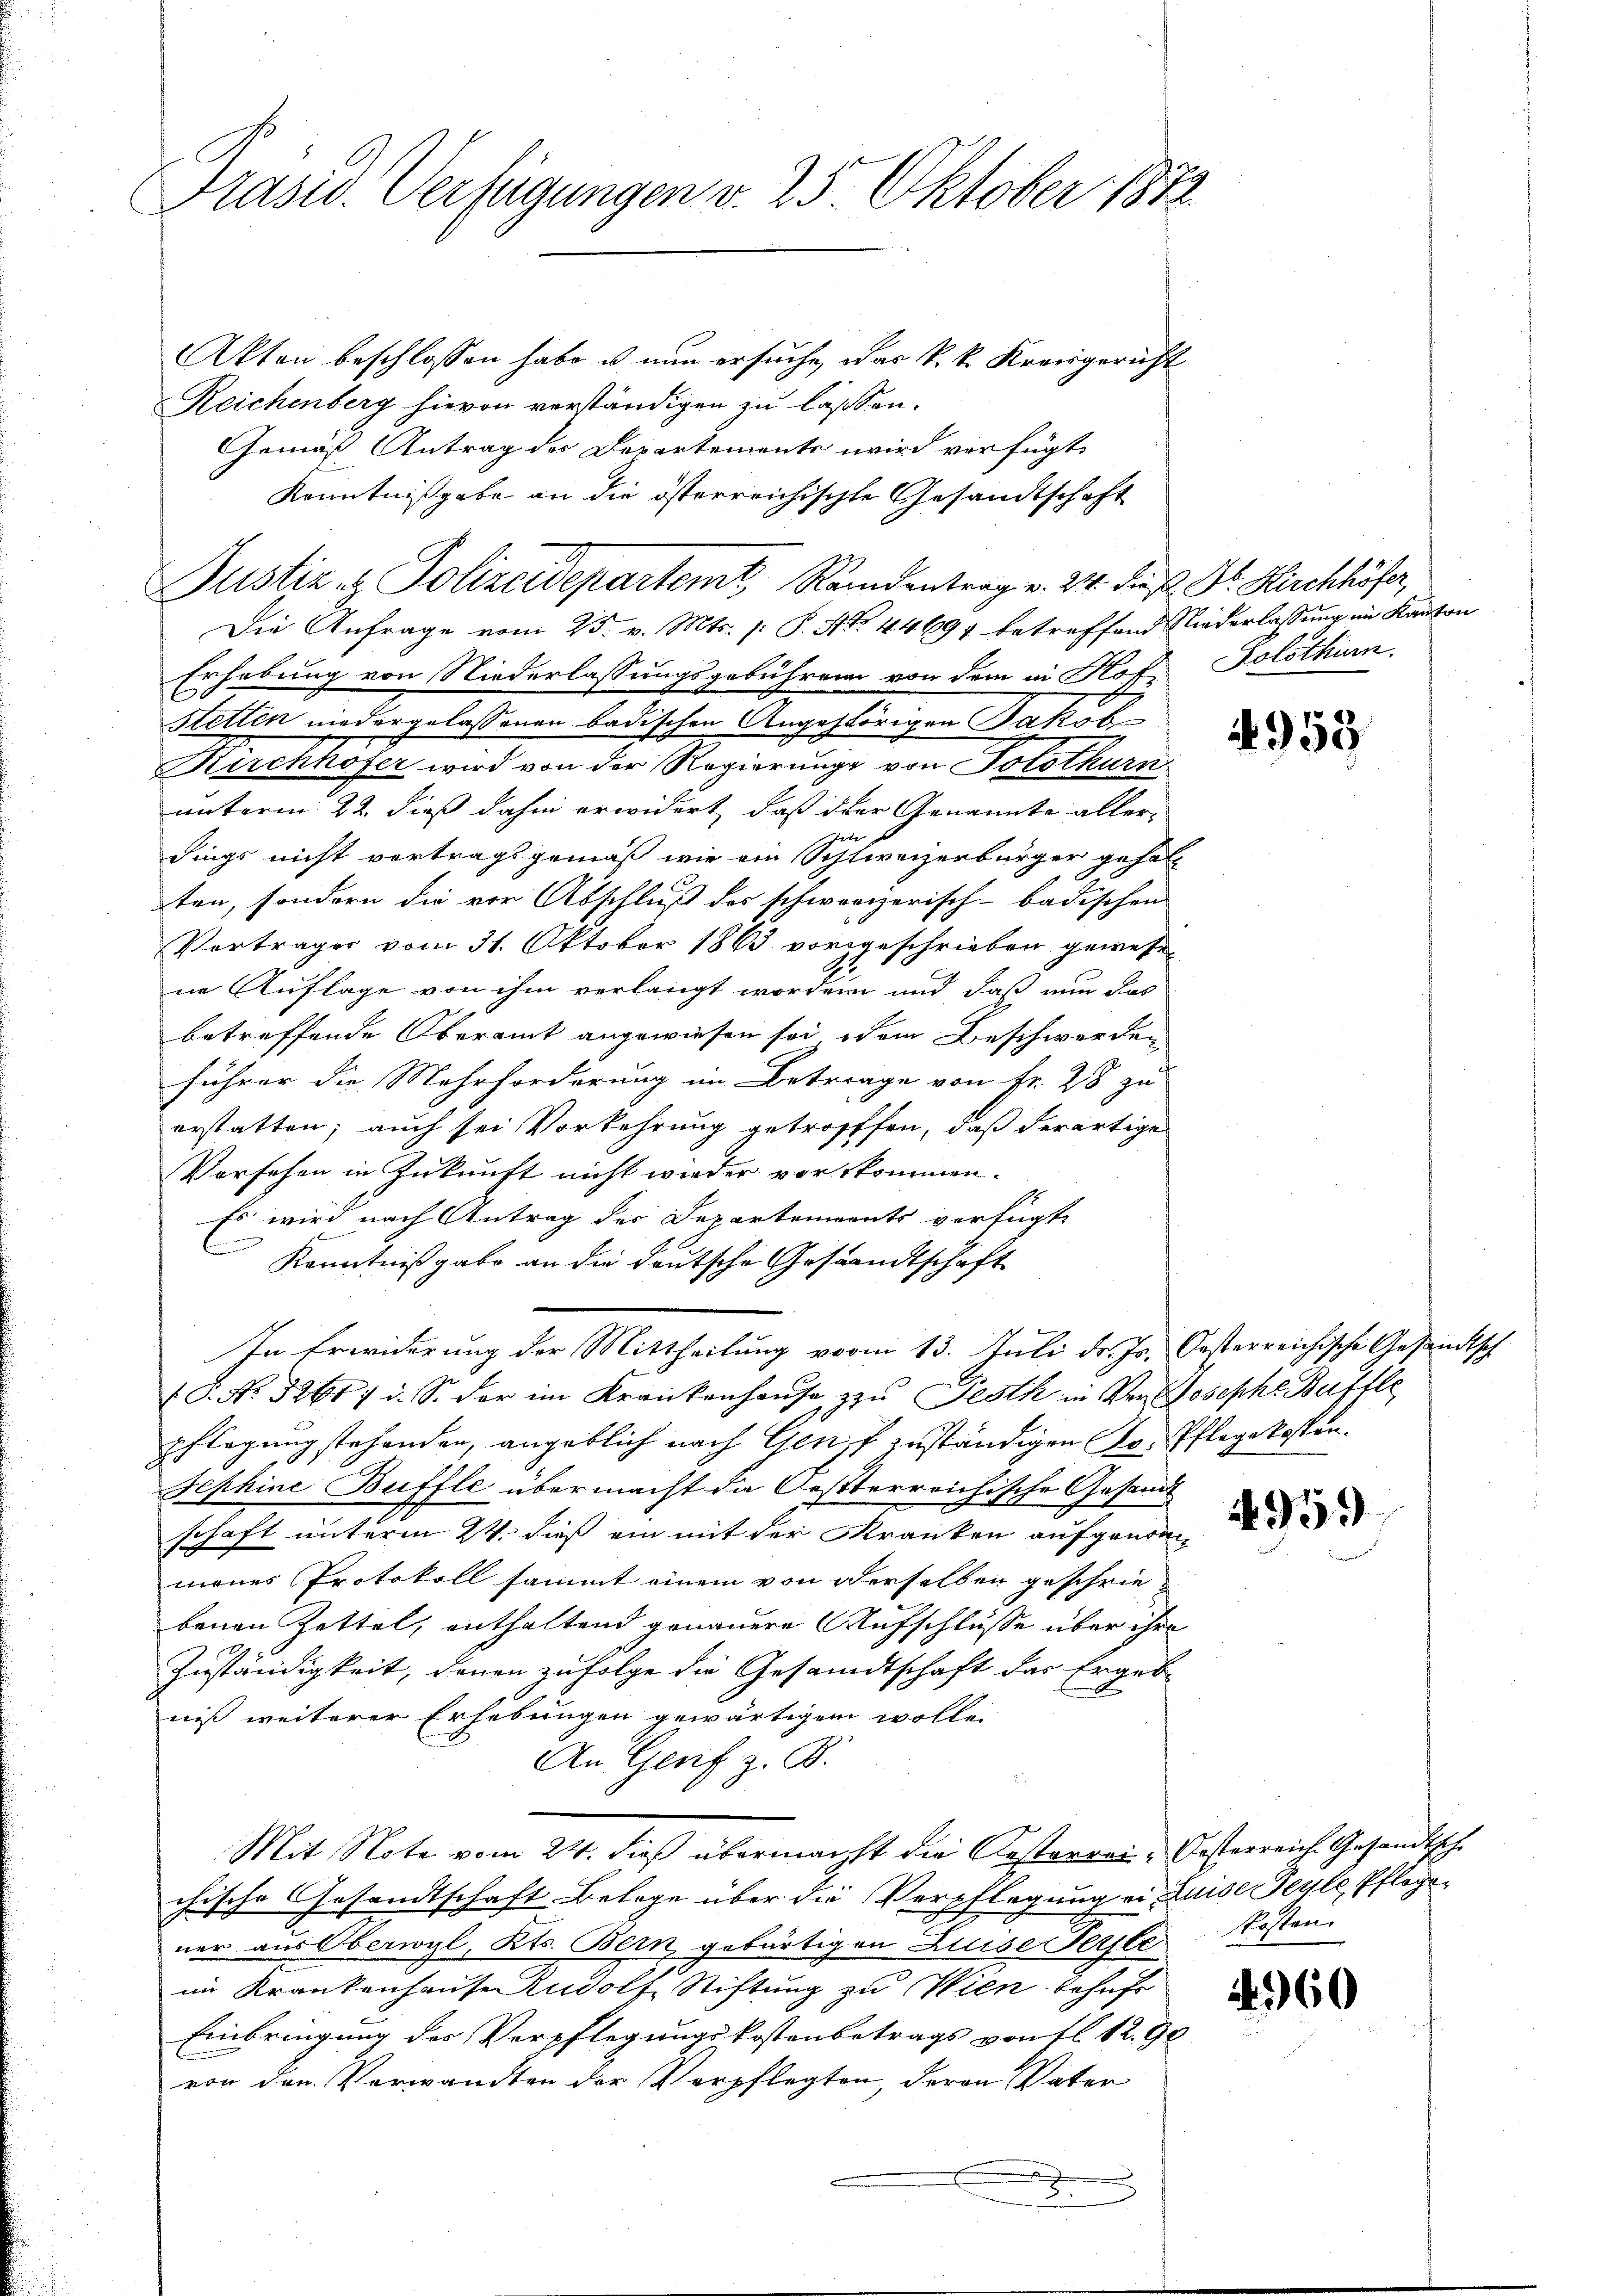
Präsid. Verfügungen v. 25 Oktober 1872

Akten beschlossen habe u. nun ersuche, was k. k. Kreisgericht
Reichenberg hievon verständigen zu lassen.
Gemäß Antrag des Departemente wird verfügt
Kenntnißgabe an die österreichischte Gesandtschaft
Justiz & Polizeidepartemt, Rendentrag v. 24. dieß. Dr. Kirchhöfer,
Die Anfrage vom 25. v. Mts. p: P. No. 44694 betreffend Niederlassung im Kanton
Erhebung von Niederlassungsgebühren von dem an Hof. Solothurn.
Stetten niedergelassenen badischen Angehörigen Jakob
Kirchhofer wird von der Regierung von Solothurn
unterm 22. dieß dahin erwidert, daß oder Genannte aller-
dings nicht vertragsgemäß wie ein Schweizerbürger gehalt
ten, sondern die vor Abschluß des schweizerisch-badischen
Vertrages vom 31. Oktober 1863 vorgeschrieben gewesen
ne Auflage von ihm verlangt worden und daß nun das
betreffende Oberamt angewiesen sei dem Beschwerden
führer die Mehrforderung im Betrage von Fr. 28 zu
erstatten; auch sei Vorkehrung getroffen, daß derartige
Vorsehen in Zukunft nicht wieder vorkommen.
Es wird nach Antrag der Departements verfügt
C
Kenntnißgabe an die deutsche Gestandtschaft
In Erwiderung der Mittheilung vom 13. Juli dr. Js. Oesterreichische Gesandtsch
1 S. Nr. 5261/ i. S. der im Krankenhaŭse zŭ Pesth in der Joseph Buffle
pflegung stehenden, angeblich nach Genf zuständigen Dr. Pflegekosten.
Sephine Buffle übermacht die Oesterreichische Gesandt
schaft unterm 24. dieß ein mit der Kranken aufgenommenes Protokoll sammt einem von derselben geschriebenen Zettel, enthaltend genauere Aufschlüsse über ihre
Zuständigkeit, denen zufolge die Gesandtschaft das Ergeb
niß weiterer Erhebungen gewärtigen wolle.
An Genf z. B.
Mit Note vom 24. dieß übermacht die Oesterrei-Oesterreiche Gesandtsche
chische Gesandtschaft Belege über die Verpflegung ein Luise Feyle Pflegener aus Oberwyl, Kts. Bern, gebürtigen Luise Fersle
im Krankenhause Rudolf Stiftung zu Wien behufs
Einbringung des Verpflegungskostenbetrags von fl. 1290
von den Vorwandten der Verpflegten, deren Vater
8

4955

4959

kosten

260